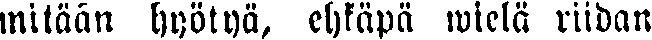
mitään hyötyä, ehkäpä wielä riidan